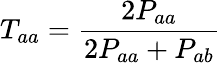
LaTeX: T_{aa}=\frac{2P_{aa}}{2P_{aa}+P_{ab}}